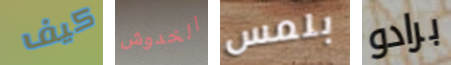
كيف الخدوش بلمس برادو